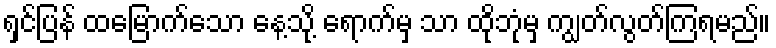
ရှင်ပြန် ထမြောက်သော နေ့သို့ ရောက်မှ သာ ထိုဘုံမှ ကျွတ်လွတ်ကြရမည်။